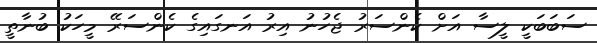
ސަބަބަކީ ލީސާ އަށް ކެންސަރު ޖެހުނު އިރު އަނގައިގެ ކެންސަރޭ މީހަކު ބުނާތީ